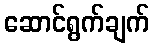
ဆောင်ရွက်ချက်